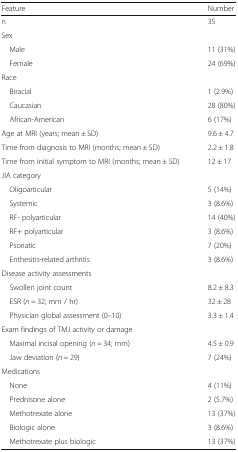
| Feature | Number |
 | --- | --- |
 | n | 35 |
 | Sex |  |
 | Male | 11 (31%) |
 | Female | 24 (69%) |
 | Race |  |
 | Biracial | 1 (2.9%) |
 | Caucasian | 28 (80%) |
 | African-American | 6 (17%) |
 | Age at MRI (years; mean ± SD) | 9.6 ± 4.7 |
 | Time from diagnosis to MRI (months; mean ± SD) | 2.2 ± 1.8 |
 | Time from initial symptom to MRI (months; mean ± SD) | 12 ± 17 |
 | JIA category |  |
 | Oligoarticular | 5 (14%) |
 | Systemic | 3 (8.6%) |
 | RF- polyarticular | 14 (40%) |
 | RF+ polyarticular | 3 (8.6%) |
 | Psoriatic | 7 (20%) |
 | Enthesitis-related arthritis | 3 (8.6%) |
 | Disease activity assessments |  |
 | Swollen joint count | 8.2 ± 8.3 |
 | ESR (n = 32; mm / hr) | 32 ± 28 |
 | Physician global assessment (0–10) | 3.3 ± 1.4 |
 | Exam findings of TMJ activity or damage |  |
 | Maximal incisal opening (n = 34; mm) | 4.5 ± 0.9 |
 | Jaw deviation (n = 29) | 7 (24%) |
 | Medications |  |
 | None | 4 (11%) |
 | Prednisone alone | 2 (5.7%) |
 | Methotrexate alone | 13 (37%) |
 | Biologic alone | 3 (8.6%) |
 | Methotrexate plus biologic | 13 (37%) |